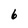
Character: 6